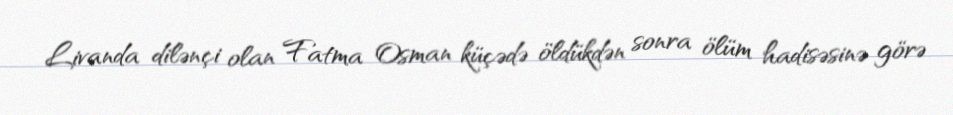
Livanda dilənçi olan Fatma Osman küçədə öldükdən sonra ölüm hadisəsinə görə